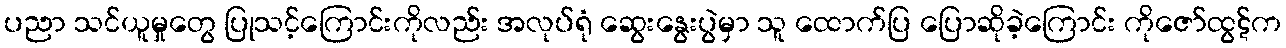
ပညာ သင်ယူမှုတွေ ပြုသင့်ကြောင်းကိုလည်း အလုပ်ရုံ ဆွေးနွေးပွဲမှာ သူ ထောက်ပြ ပြောဆိုခဲ့ကြောင်း ကိုဇော်ထွဋ်က